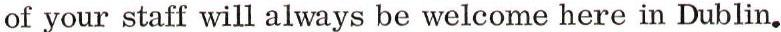
of your staff will always be welcome here in Dublin.